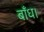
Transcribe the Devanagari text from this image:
बाँध।